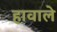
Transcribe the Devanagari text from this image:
हावाले